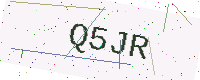
Text: Q5JR